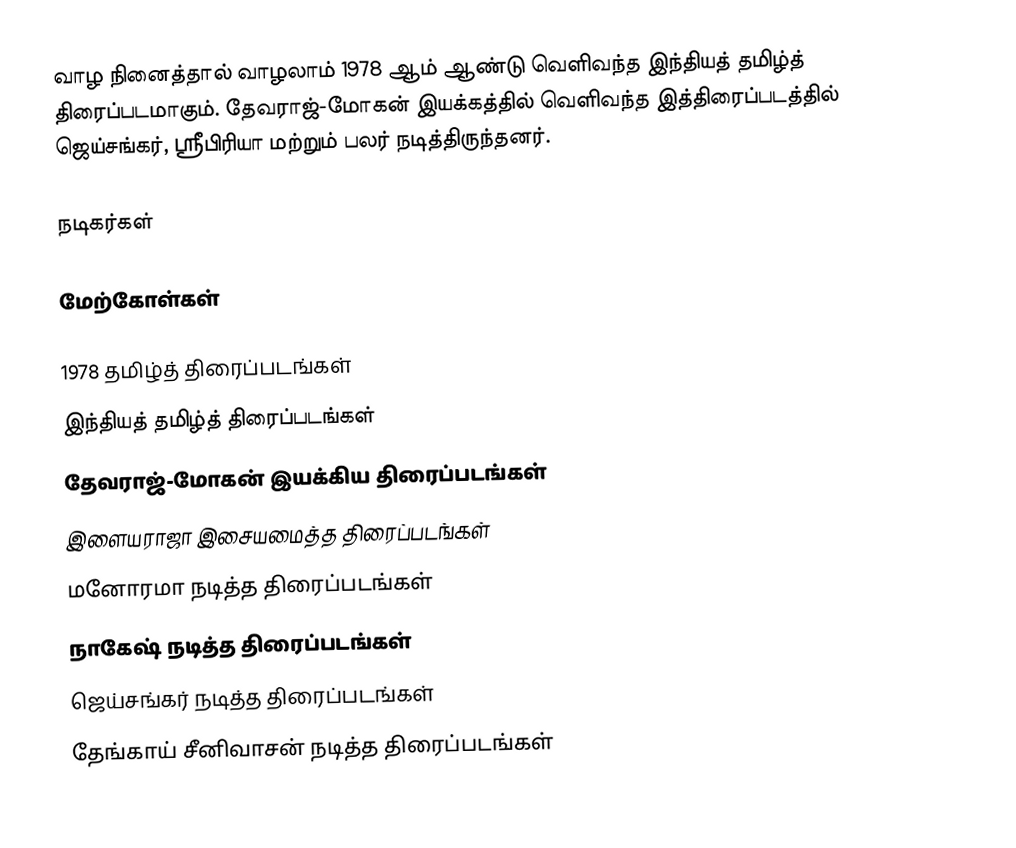
வாழ நினைத்தால் வாழலாம் 1978 ஆம் ஆண்டு வெளிவந்த இந்தியத் தமிழ்த் திரைப்படமாகும். தேவராஜ்-மோகன் இயக்கத்தில் வெளிவந்த இத்திரைப்படத்தில் ஜெய்சங்கர், ஸ்ரீபிரியா மற்றும் பலர் நடித்திருந்தனர்.

நடிகர்கள்

மேற்கோள்கள்

1978 தமிழ்த் திரைப்படங்கள்
இந்தியத் தமிழ்த் திரைப்படங்கள்
தேவராஜ்-மோகன் இயக்கிய திரைப்படங்கள்
இளையராஜா இசையமைத்த திரைப்படங்கள்
மனோரமா நடித்த திரைப்படங்கள்
நாகேஷ் நடித்த திரைப்படங்கள்
ஜெய்சங்கர் நடித்த திரைப்படங்கள்
தேங்காய் சீனிவாசன் நடித்த திரைப்படங்கள்